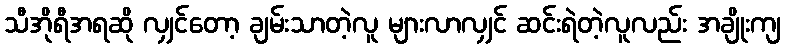
သီအိုရီအရဆို လျှင်တော့ ချမ်းသာတဲ့လူ များလာလျှင် ဆင်းရဲတဲ့လူလည်း အချိုးကျ